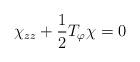
LaTeX: \begin{align*} \chi_{zz}+\frac{1}{2}T_{\varphi}\chi=0\end{align*}